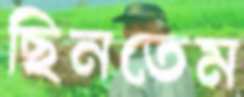
ছিনতেম